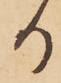
か